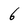
Character: 6